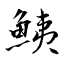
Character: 鮧